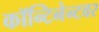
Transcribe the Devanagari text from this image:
कॉन्टिनेन्टवर